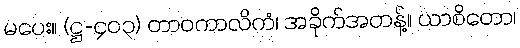
မပေး။ (ဋ္ဌ-၄၀၃) တာဝကာလိကံ၊ အခိုက်အတန့်။ ယာစိတော၊